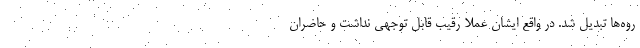
روه‌ها تبدیل شد. در واقع ایشان عملاً رقیب قابل توجهی نداشت و حاضران